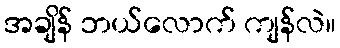
အချိန် ဘယ်လောက် ကျန်လဲ။